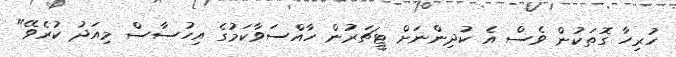
ހުރިހާ ގޮތަކުން ވެސް އެ ކުދިންނަށް ޓީޗަރުން ހާއްސަވާކަމުގެ އިހުސާސް މިއަދު ކުރެވޭ"